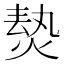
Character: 𱫡